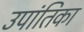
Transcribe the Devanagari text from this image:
उपांतिका